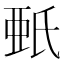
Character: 𣱌